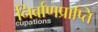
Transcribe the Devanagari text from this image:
निर्वाणप्राप्ति